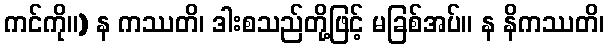
ကင်ကို။) န ကဿတိ၊ ဒါးစသည်တို့ဖြင့် မခြစ်အပ်။ န နိကဿတိ၊